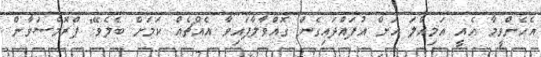
އެހެންވީމާ އެއީ އަމިއްލަ އަށް އުފައްދައިގެން ގޮއްވާލާފައިވާ އެއްޗެއް ކަމަށް ބެލެވޭ" ޕްރޮމްސަވާން